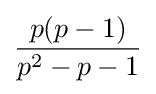
{\frac {p(p-1)}{p^{2}-p-1}}